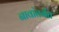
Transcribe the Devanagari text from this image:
नावांतर्गत